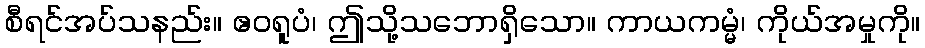
စီရင်အပ်သနည်း။ ဧဝရူပံ၊ ဤသို့သဘောရှိသော။ ကာယကမ္မံ၊ ကိုယ်အမှုကို။